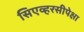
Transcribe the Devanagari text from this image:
सिएव्हरसीपेक्षा